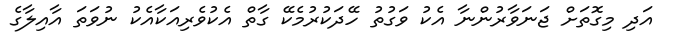
އަދި މިގޮތަށް ޖަނަވާރުންނާ އެކު ވަގުތު ހޭދަކުރުމެކޭ ގާތް އެކުވެރިއަކާއެކު ނުވަތަ އާއިލާގެ